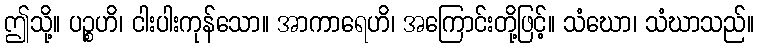
ဤသို့။ ပဉ္စဟိ၊ ငါးပါးကုန်သော။ အာကာရေဟိ၊ အကြောင်းတို့ဖြင့်။ သံဃော၊ သံဃာသည်။